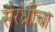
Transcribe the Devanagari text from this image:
सैरंध्रीचा